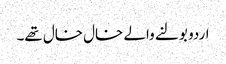
اردو بولنے والے خال خال تھے۔